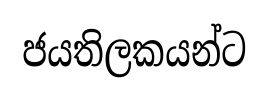
ජයතිලකයන්ට